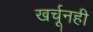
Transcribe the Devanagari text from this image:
खर्चूनही